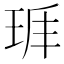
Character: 𤤵